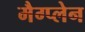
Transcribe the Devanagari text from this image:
मैग्प्लेन